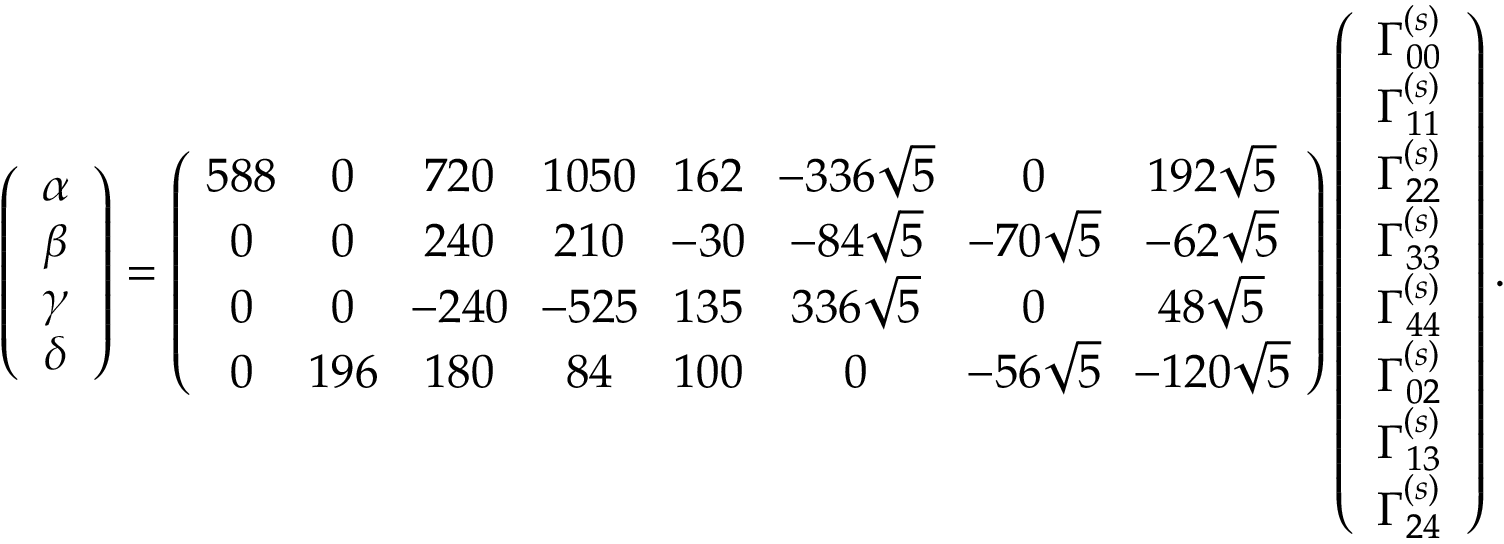
\left( \begin{array} { c } { { \alpha } } \\ { { \beta } } \\ { { \gamma } } \\ { { \delta } } \end{array} \right) = \left( \begin{array} { c c c c c c c c } { { \! 5 8 8 \! } } & { { 0 } } & { { 7 2 0 } } & { { \! 1 0 5 0 \! } } & { { \! 1 6 2 \! } } & { { \! - 3 3 6 \sqrt { 5 } \! } } & { { 0 } } & { { 1 9 2 \sqrt { 5 } } } \\ { { 0 } } & { { 0 } } & { { 2 4 0 } } & { { 2 1 0 } } & { { \! - 3 0 \! } } & { { - 8 4 \sqrt { 5 } } } & { { \! - 7 0 \sqrt { 5 } \! } } & { { - 6 2 \sqrt { 5 } } } \\ { { 0 } } & { { 0 } } & { { \! - 2 4 0 \! } } & { { \! - 5 2 5 \! } } & { { \! 1 3 5 \! } } & { { 3 3 6 \sqrt { 5 } } } & { { 0 } } & { { 4 8 \sqrt { 5 } } } \\ { { 0 } } & { { \! 1 9 6 \! } } & { { 1 8 0 } } & { { 8 4 } } & { { \! 1 0 0 \! } } & { { 0 } } & { { \! - 5 6 \sqrt { 5 } \! } } & { { \! - 1 2 0 \sqrt { 5 } \! } } \end{array} \right) \left( \begin{array} { c } { { \Gamma _ { 0 0 } ^ { ( s ) } } } \\ { { \Gamma _ { 1 1 } ^ { ( s ) } } } \\ { { \Gamma _ { 2 2 } ^ { ( s ) } } } \\ { { \Gamma _ { 3 3 } ^ { ( s ) } } } \\ { { \Gamma _ { 4 4 } ^ { ( s ) } } } \\ { { \Gamma _ { 0 2 } ^ { ( s ) } } } \\ { { \Gamma _ { 1 3 } ^ { ( s ) } } } \\ { { \Gamma _ { 2 4 } ^ { ( s ) } } } \end{array} \right) .